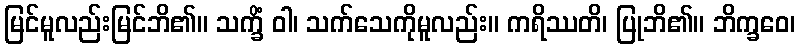
မြင်မူလည်းမြင်ဘိ၏။ သက္ခိံ ဝါ၊ သက်သေကိုမူလည်း။ ကရိဿတိ၊ ပြုဘိ၏။ ဘိက္ခဝေ၊